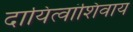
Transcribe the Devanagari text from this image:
दायित्वांशिवाय